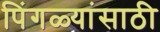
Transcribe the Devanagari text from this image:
पिंगळ्यांसाठी